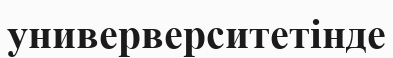
универверситетінде